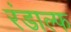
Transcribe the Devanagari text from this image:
रंडाल्फ